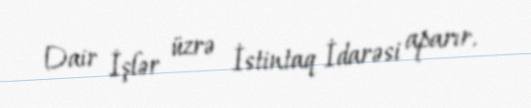
Dair İşlər üzrə İstintaq İdarəsi aparır.